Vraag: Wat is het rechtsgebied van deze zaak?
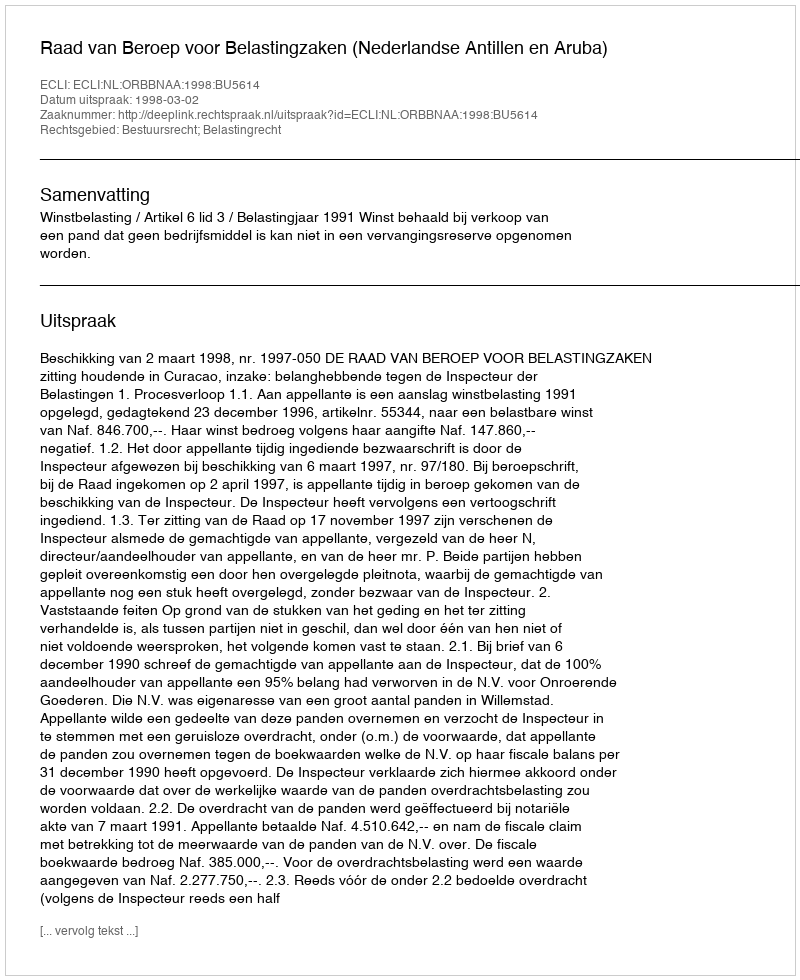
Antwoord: Bestuursrecht; Belastingrecht